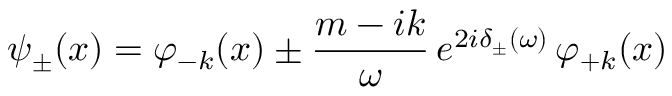
\psi _ { \pm } ( x ) = \varphi _ { - k } ( x ) \pm \frac { m - i k } { \omega } \, e ^ { 2 i \delta _ { \pm } ( \omega ) } \, \varphi _ { + k } ( x )